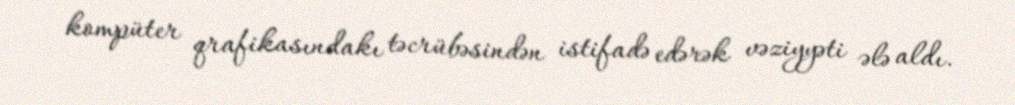
kompüter qrafikasındakı təcrübəsindən istifadə edərək vəziyyəti ələ aldı.